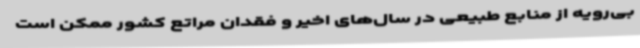
بی‌رویه از منابع طبیعی در سال‌های اخیر و فقدان مراتع کشور ممکن است